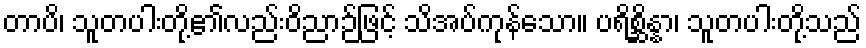
တာပိ၊ သူတပါးတို့၏လည်းဝိညာဉ်ဖြင့် သိအပ်ကုန်သော။ ပရိစ္ဆိန္နာ၊ သူတပါးတို့သည်